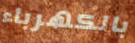
بالكهرباء